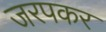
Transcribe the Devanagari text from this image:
जरपकर